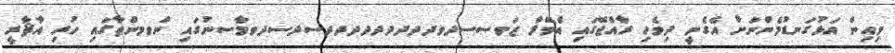
މިއިން އަޅުގަނޑުމެންނަށް އެގެނީ ދިވެހި ރާއްޖޭގައި އެވޭލާ ޒަވސސދވދދދދދދދދދސދސދވމާސނުގައި ންވމންތާގައި ހުރި އާޘާރީ